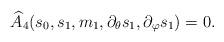
LaTeX: \begin{align*}\widehat A_4(s_0,s_1,m_1,\partial_\theta s_1,\partial_\varphi s_1) = 0.\end{align*}